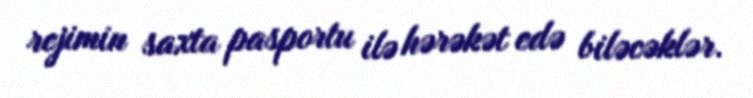
rejimin saxta pasportu ilə hərəkət edə biləcəklər.